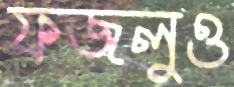
ফজলুও